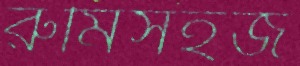
রুমিসহজ